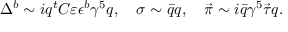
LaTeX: \Delta ^ { b } \sim i q ^ { t } C \varepsilon \epsilon ^ { b } \gamma ^ { 5 } q , \quad \sigma \sim \bar { q } q , \quad \vec { \pi } \sim i \bar { q } \gamma ^ { 5 } \vec { \tau } q .